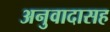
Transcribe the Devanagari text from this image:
अनुवादासह